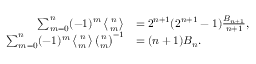
{ \begin{array} { r l } { \sum _ { m = 0 } ^ { n } ( - 1 ) ^ { m } \left\langle { n \atop m } \right\rangle } & { = 2 ^ { n + 1 } ( 2 ^ { n + 1 } - 1 ) { \frac { B _ { n + 1 } } { n + 1 } } , } \\ { \sum _ { m = 0 } ^ { n } ( - 1 ) ^ { m } \left\langle { n \atop m } \right\rangle { \binom { n } { m } } ^ { - 1 } } & { = ( n + 1 ) B _ { n } . } \end{array} }